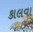
કાલવા